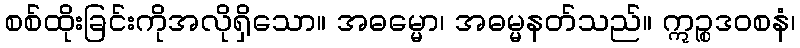
စစ်ထိုးခြင်းကိုအလိုရှိသော။ အဓမ္မော၊ အဓမ္မနတ်သည်။ ဣဉ္စဒဝစနံ၊